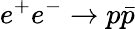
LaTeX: e^{+}e^{-}\to p\bar{p}